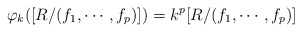
\begin{align*}\varphi_k([R/(f_1,\cdots,f_p)])=k^p[R/(f_1,\cdots,f_p)]\end{align*}